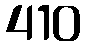
410